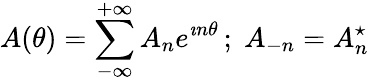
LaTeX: A(\theta)=\sum_{-\infty}^{+\infty}A_{n}e^{\imath n\theta}\, ;\; A_{-n}=A_{n}^{\star}